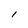
Character: l